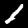
Label: 1